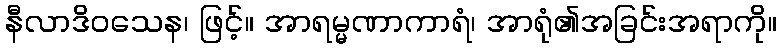
နီလာဒိဝသေန၊ ဖြင့်။ အာရမ္မဏာကာရံ၊ အာရုံ၏အခြင်းအရာကို။